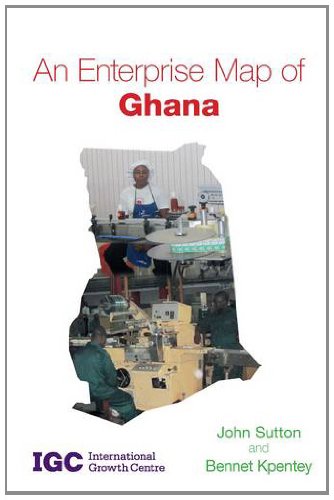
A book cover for An Enterprise Map of Ghana; John Sutton; Travel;